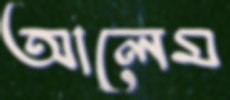
আলেম